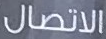
الاتصال